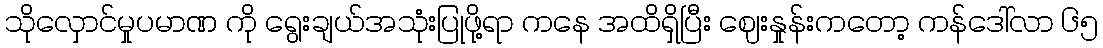
သိုလှောင်မှုပမာဏ ကို ရွေးချယ်အသုံးပြုဖို့ရာ ကနေ အထိရှိပြီး ဈေးနှုန်းကတော့ ကန်ဒေါ်လာ ၆၅